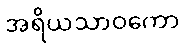
အရိယသာဝကော